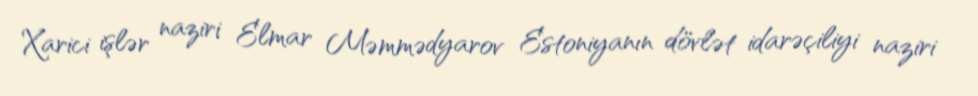
Xarici işlər naziri Elmar Məmmədyarov Estoniyanın dövlət idarəçiliyi naziri